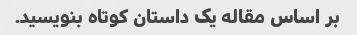
بر اساس مقاله یک داستان کوتاه بنویسید.